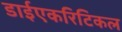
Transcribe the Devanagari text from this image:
डाईएकरिटिकल